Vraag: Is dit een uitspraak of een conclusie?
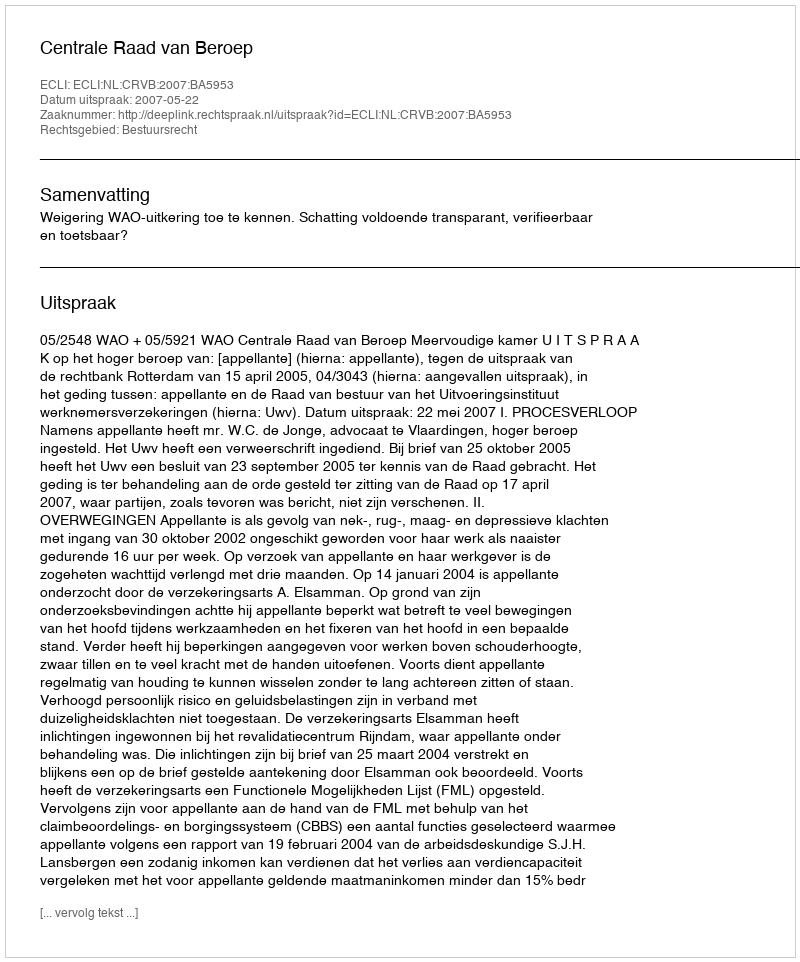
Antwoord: Uitspraak